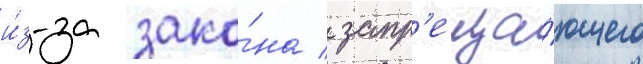
и́з-за зако́на / запр'еща́ющего